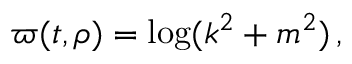
\begin{array} { r } { \varpi ( t , \rho ) = \log ( k ^ { 2 } + m ^ { 2 } ) \, , } \end{array}